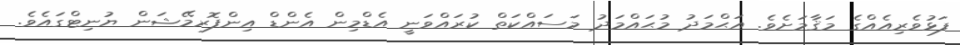
ފަޅުވެރިއެއްގެ މަޤާމަށެވެ. އަޙްމަދު މުޙައްމަދު މަސައްކަތް ކުރައްވަނީ އެޑްމިން އެންޑް އިންފޮރމޭޝަން ޔުނިޓްގައެވެ.